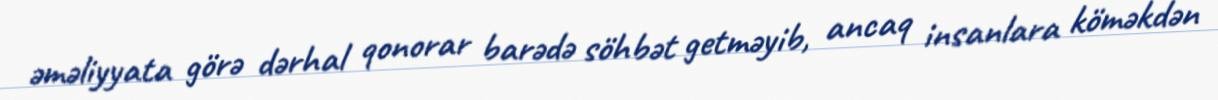
əməliyyata görə dərhal qonorar barədə söhbət getməyib, ancaq insanlara köməkdən